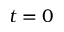
t = 0